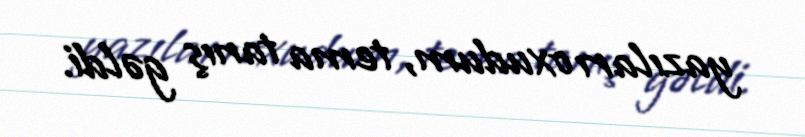
yazıları oxudum, tema tanış gəldi.